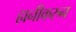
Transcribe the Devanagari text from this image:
हानीकरुन